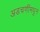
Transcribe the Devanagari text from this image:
अडचणींमधुन